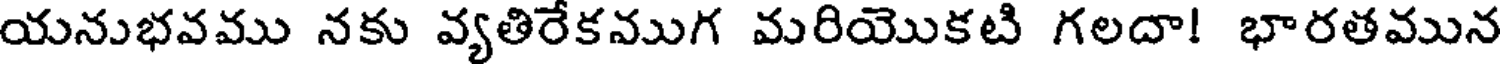
యనుభవము నకు వ్యతిరేకముగ మరియొకటి గలదా! భారతమున